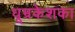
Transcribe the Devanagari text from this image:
धूम्रकेशका